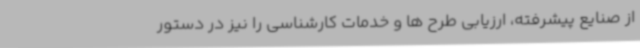
از صنایع پیشرفته، ارزیابی طرح ها و خدمات کارشناسی را نیز در دستور